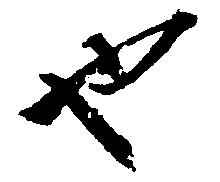
也